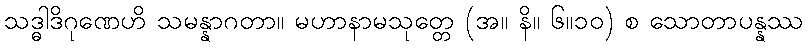
သဒ္ဓါဒိဂုဏေဟိ သမန္နာဂတာ။ မဟာနာမသုတ္တေ (အ။ နိ။ ၆။၁၀) စ သောတာပန္နဿ